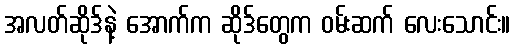
အလတ်ဆိုဒ်နဲ့ အောက်က ဆိုဒ်တွေက ဝမ်းဆက် လေးသောင်း။